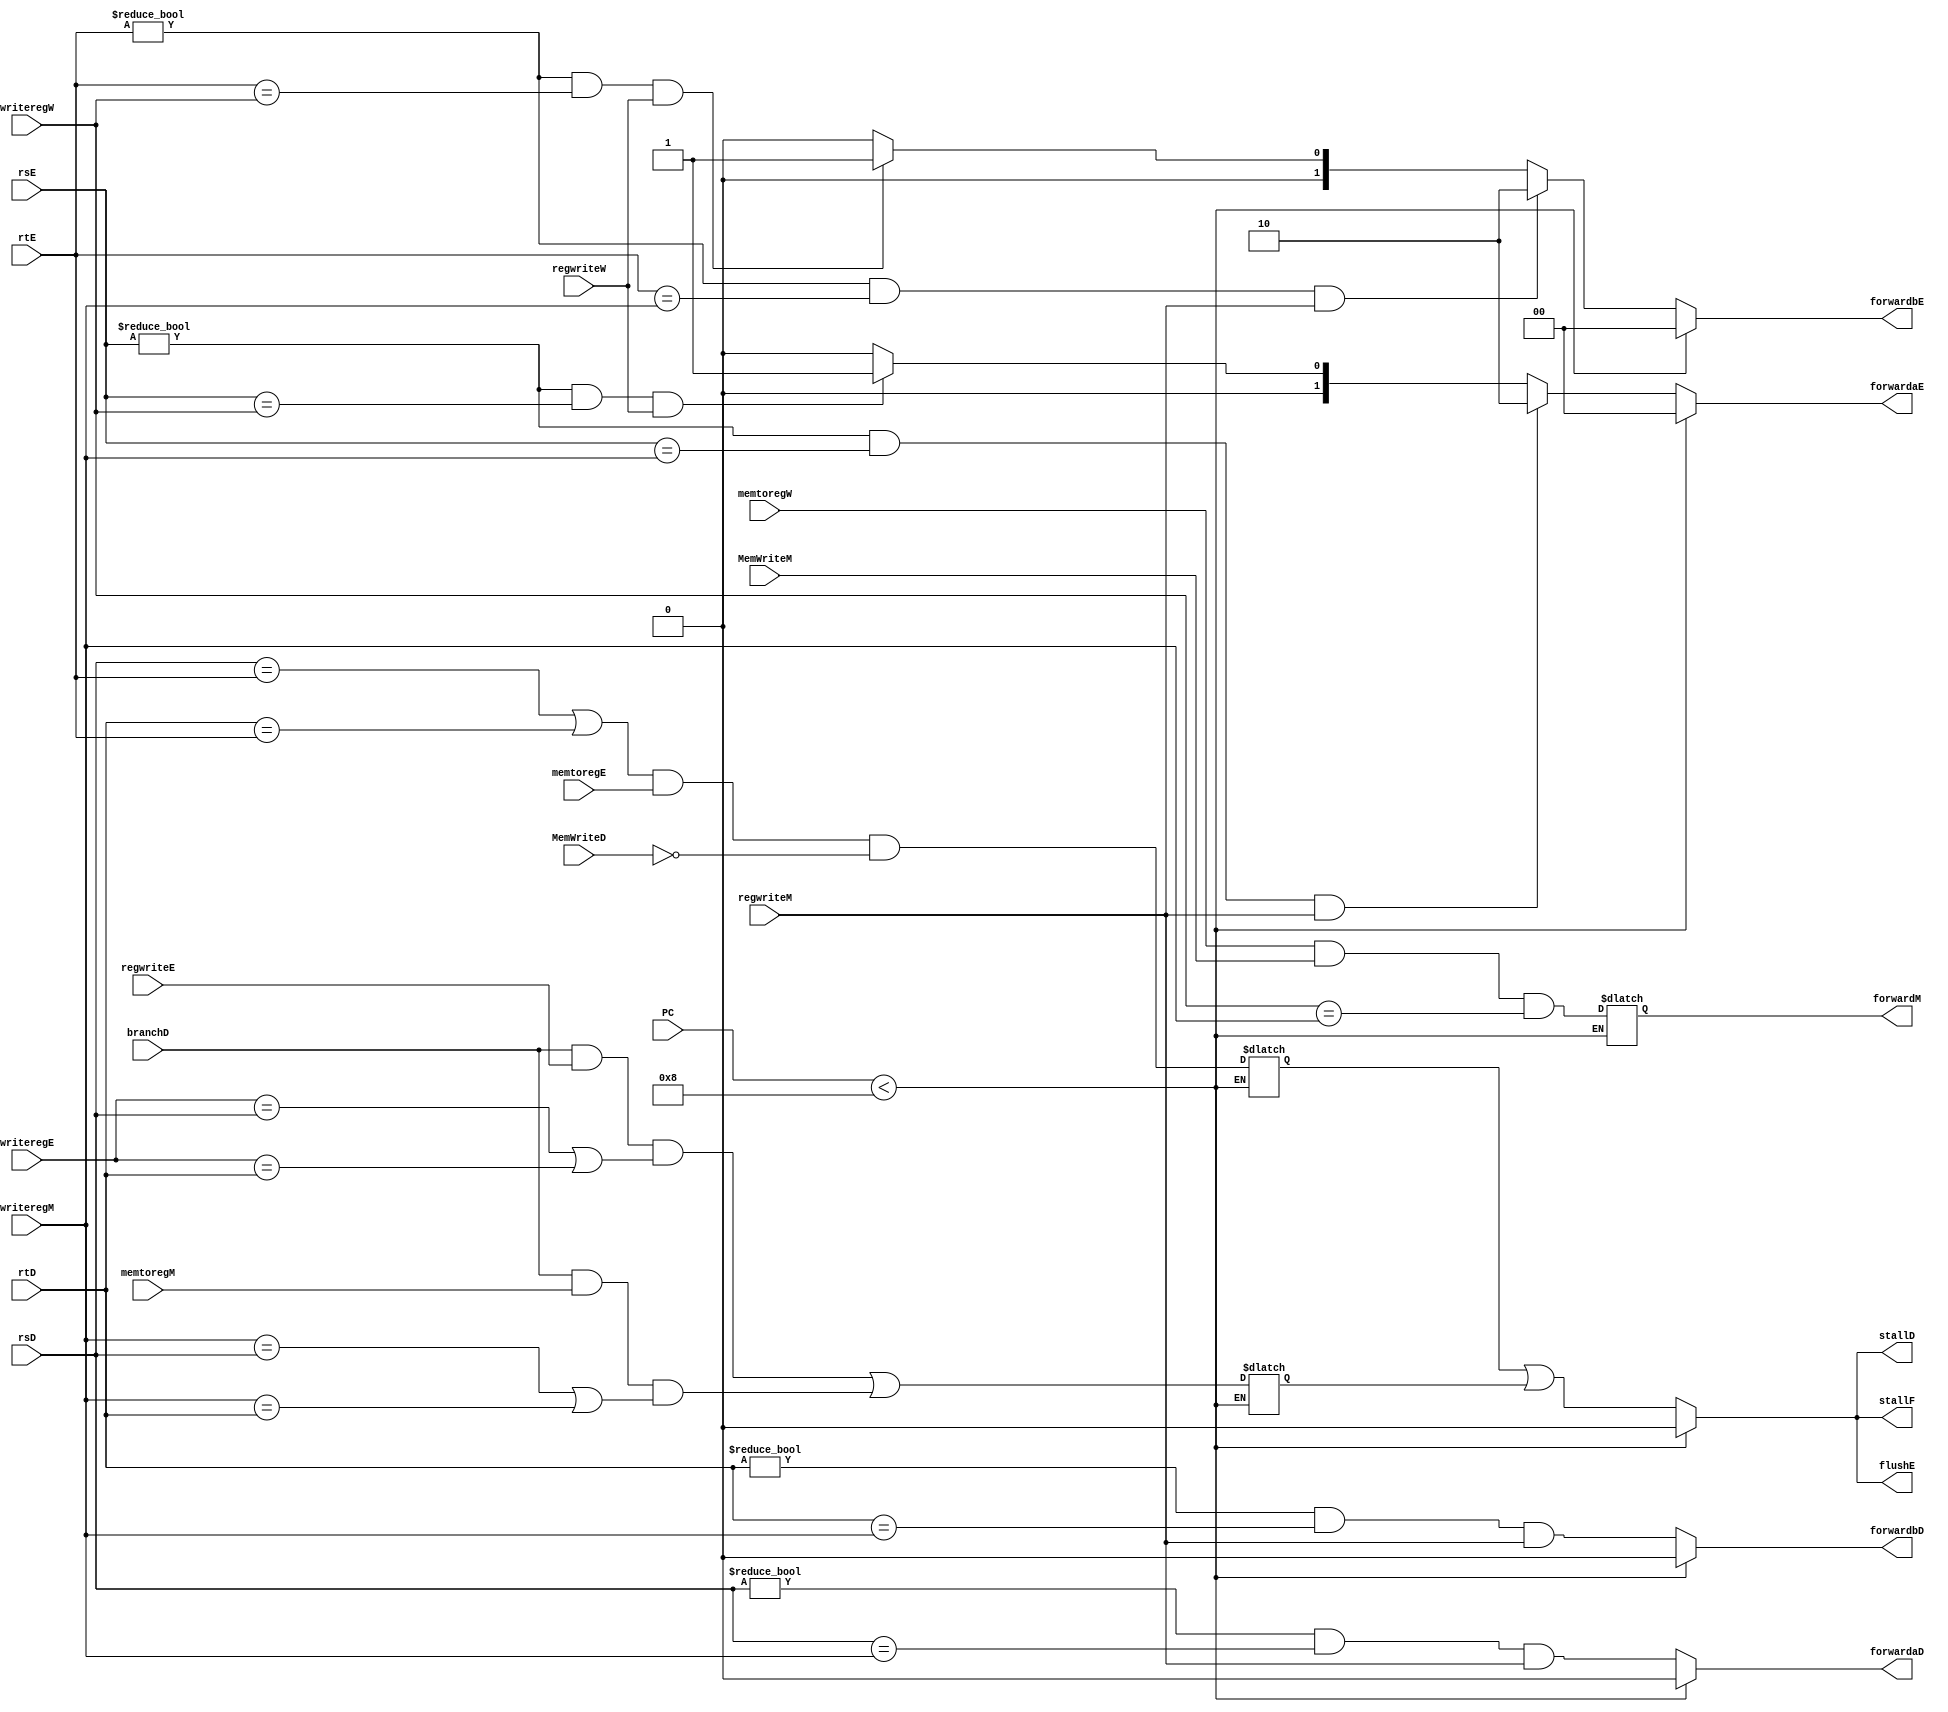
module hazard(
  input [31:0] PC,
input [4:0] rsD, rtD, rsE, rtE,
input [4:0] writeregE, writeregM, writeregW,
input regwriteE, regwriteM, regwriteW,
input memtoregE, memtoregM, memtoregW, branchD, MemWriteD, MemWriteM,
output reg [1:0] forwardaE, forwardbE,
output reg forwardaD, forwardbD, forwardM, stallF, stallD, flushE
);
  reg lwstall, branchstall;
  always @ (*) begin
    if (PC < 32'd8) begin
      forwardaD <= 1'd0;
      forwardbD <= 1'd0;
      stallF <= 1'd0;
      stallD <= 1'd0;
      flushE <= 1'd0;
      forwardaE <= 2'd0;
      forwardbE <= 2'd0;
    end
    else begin
    if ((rsE != 0) && (rsE == writeregM) && regwriteM) forwardaE <= 2'b10;
    else if ((rsE != 0) && (rsE == writeregW) && regwriteW) forwardaE <= 2'b01;
	else forwardaE <= 2'b00;
    
    if ((rtE != 0) && (rtE == writeregM) && regwriteM) forwardbE <= 2'b10;
    else if ((rtE != 0) && (rtE == writeregW) && regwriteW) forwardbE <= 2'b01;
	else forwardbE <= 2'b00;
    
      lwstall <= ((rsD == rtE) || (rtD == rtE)) && memtoregE && ~MemWriteD;
    
    forwardaD <= (rsD != 0) && (rsD == writeregM) && regwriteM;
    forwardbD <= (rtD != 0) && (rtD == writeregM) && regwriteM;
    
    branchstall <= (branchD && regwriteE && (writeregE == rsD || writeregE == rtD)) ||		(branchD && memtoregM && (writeregM == rsD || writeregM == rtD));
      
      forwardM <= memtoregW && MemWriteM && (writeregW == writeregM); // For sw after lw, last may not be equal
   /*
      flushE <= lwstall;
    stallF <= lwstall;
    stallD <= lwstall; 
*/
    flushE <= (lwstall || branchstall);
    stallF <= (lwstall || branchstall);
    stallD <= (lwstall || branchstall); 

    end
  end
  
  
endmodule